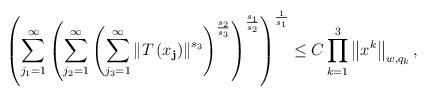
LaTeX: \begin{align*}\left( \sum_{j_{1}=1}^{\infty} \left( \sum_{j_{2}=1}^{\infty} \left(\sum_{j_{3}=1}^{\infty} \left\| T\left( x_{\mathbf{j}}\right) \right\|^{s_{3}} \right) ^{\frac{s_{2}}{s_{3}}} \right) ^{\frac{s_{1}}{s_{2}}}\right) ^{\frac{1}{s_{1}}} \leq C \prod_{k=1}^{3} \left\| x^{k}\right\|_{w,q_{k}},\end{align*}